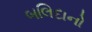
બલિદાનો